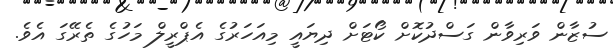
ސުޒާން ވަރިވާން ގަސްދުކޮށް ކޯޓަށް ދިޔައީ މިއަހަރުގެ އެޕްރީލް މަހުގެ ތެރޭގަ އެވެ.